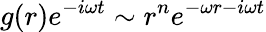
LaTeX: g(r)e^{-i\omega t}\sim r^{n}e^{-\omega r-i\omega t}